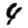
Digit: 4